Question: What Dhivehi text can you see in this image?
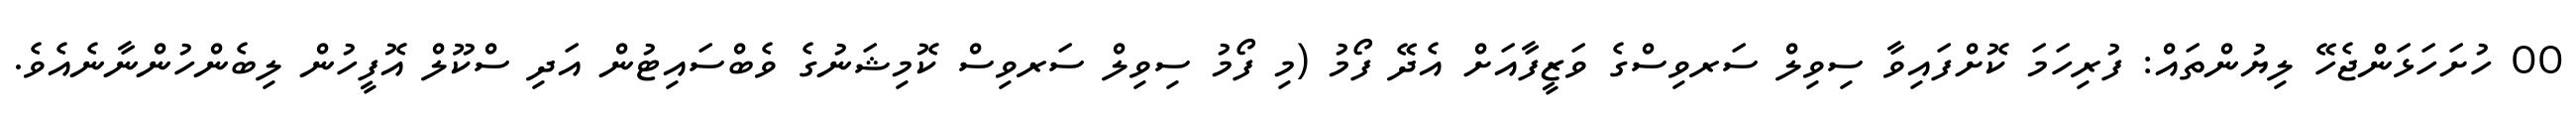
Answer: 00 ހުށަހަޅަންޖެހޭ ލިޔުންތައް: ފުރިހަމަ ކޮށްފައިވާ ސިވިލް ސަރވިސްގެ ވަޒީފާއަށް އެދޭ ފޯމު (މި ފޯމު ސިވިލް ސަރވިސް ކޮމިޝަނުގެ ވެބްސައިޓުން އަދި ސްކޫލް އޮފީހުން ލިބެންހުންނާނެއެވެ.